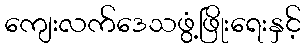
ကျေးလက်ဒေသဖွံ့ဖြိုးရေးနှင့်